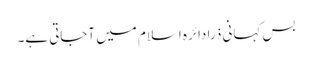
بس کہانی ذرا دائرہ اسلام میں آجاتی ہے۔